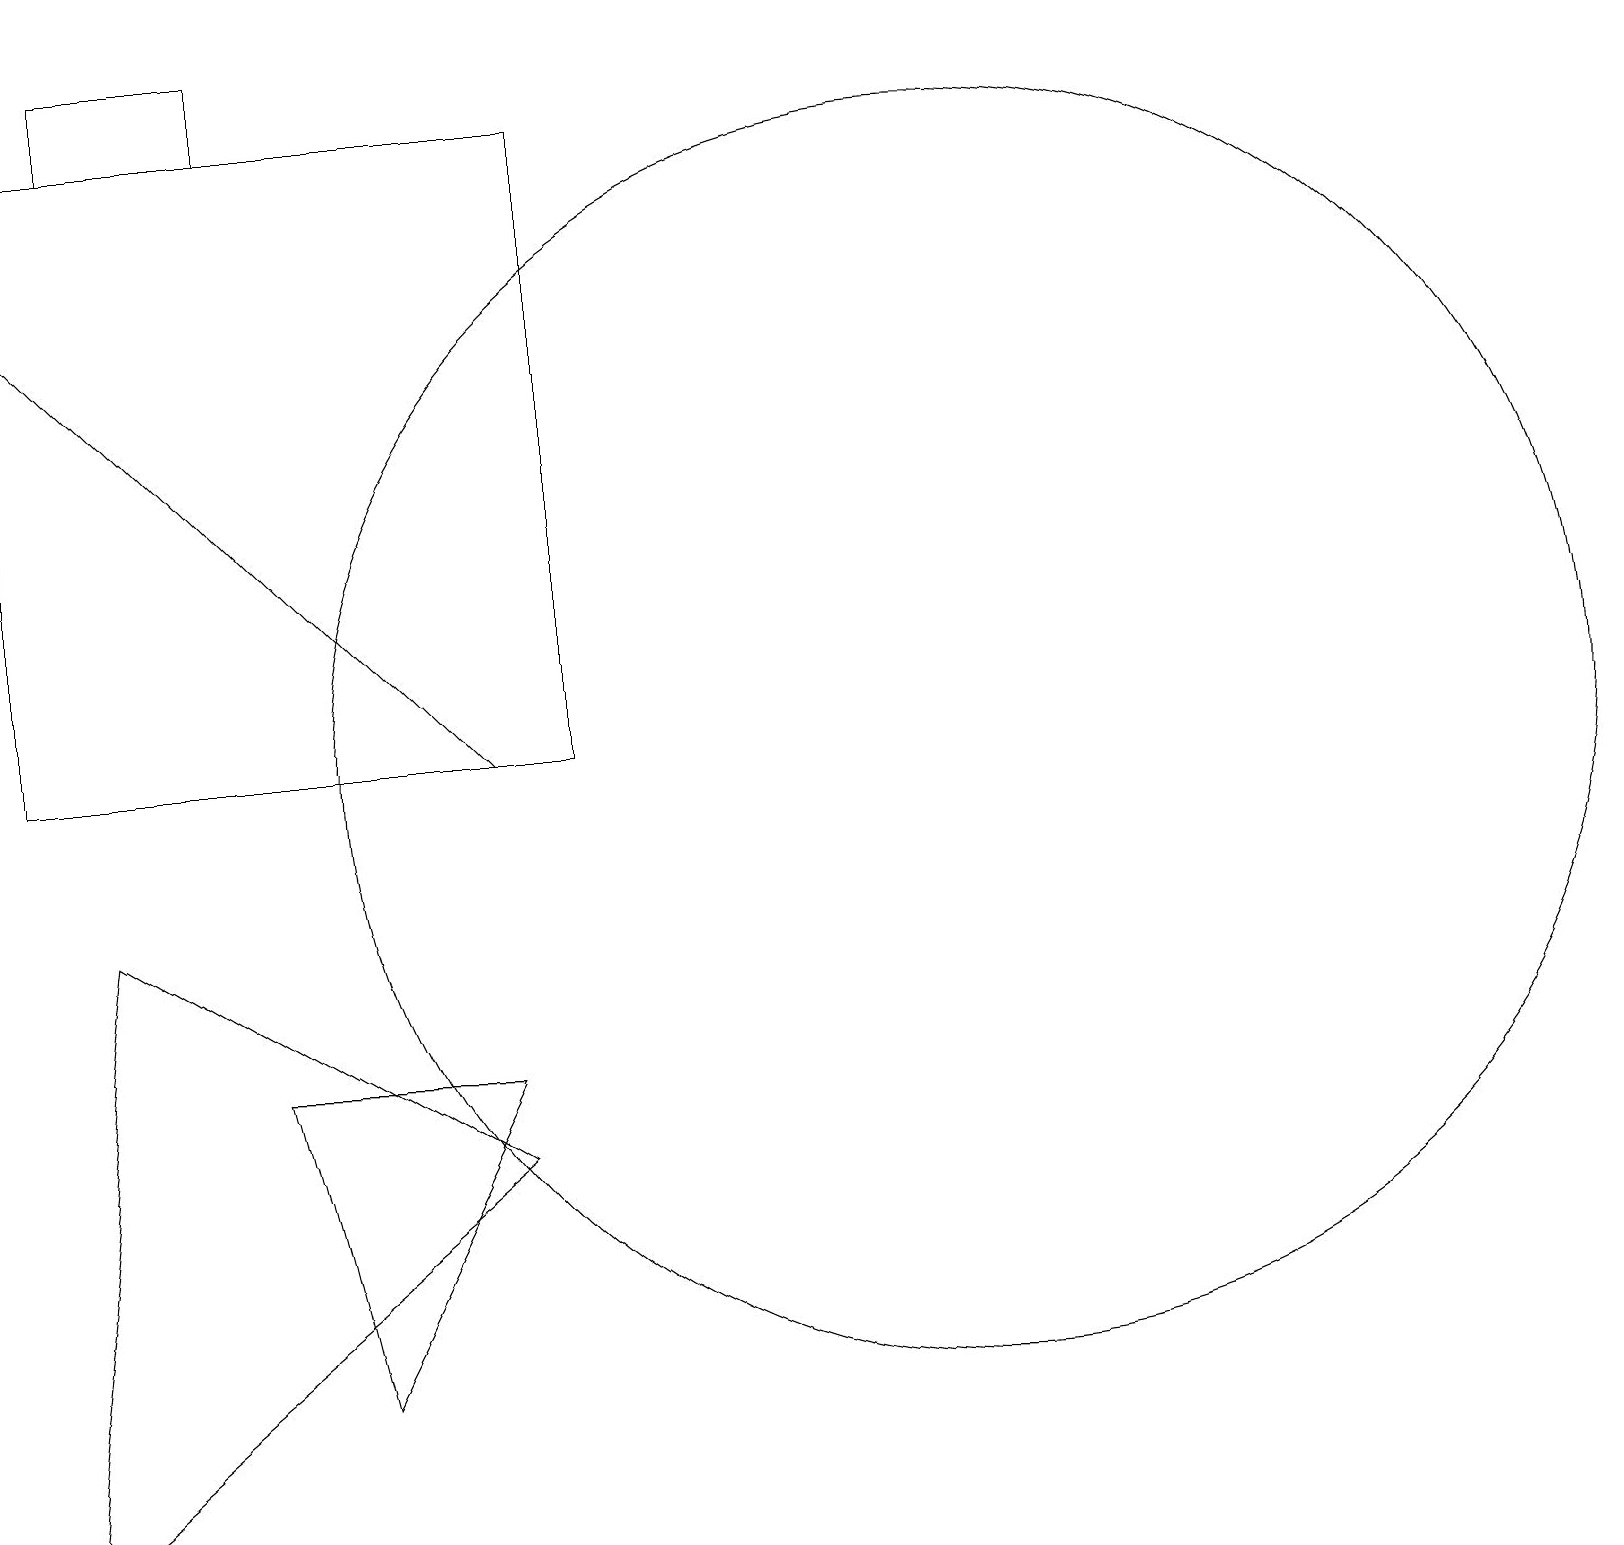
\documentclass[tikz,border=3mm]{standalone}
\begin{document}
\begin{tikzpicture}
\draw (3,6) -- (4,2) -- (6,6) -- cycle;
\draw (1,8) -- (0,0) -- (6,5) -- cycle;
\draw (3,18) rectangle (1,19);
\draw (12,10) circle (8);
\draw (0,10) rectangle (7,18);
\draw[->] (6,10) -- (0,16);
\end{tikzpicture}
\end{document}